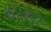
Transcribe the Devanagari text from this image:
भतर